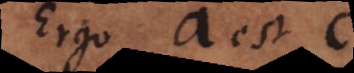
Ergo a est c